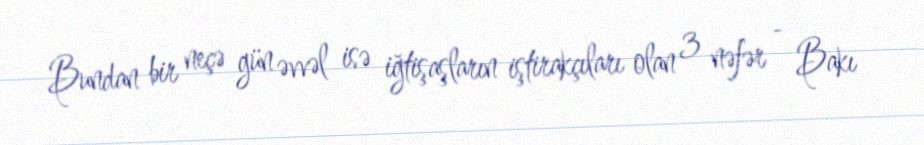
Bundan bir neçə gün əvvəl isə iğtişaşların iştirakçıları olan 3 nəfər - Bakı